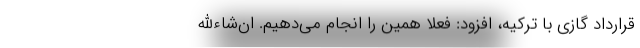
قرارداد گازی با ترکیه، افزود: فعلاً همین را انجام می‌دهیم. ان‌شاءالله